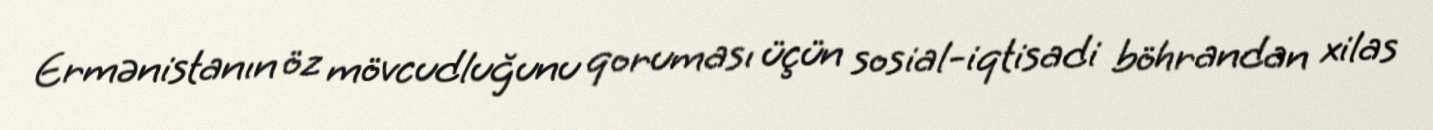
Ermənistanın öz mövcudluğunu qoruması üçün sosial-iqtisadi böhrandan xilas